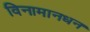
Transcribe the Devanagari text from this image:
विनामानधन